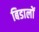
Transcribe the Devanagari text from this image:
बिडालों